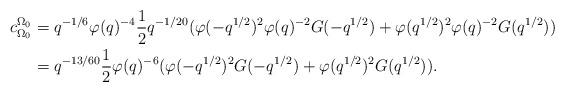
LaTeX: \begin{align*} c_{\Omega_0}^{\Omega_0} &= q^{-1/6}\varphi(q)^{-4}\dfrac{1}{2}q^{-1/20}(\varphi(-q^{1/2})^2\varphi(q)^{-2}G(-q^{1/2})+\varphi(q^{1/2})^2\varphi(q)^{-2}G(q^{1/2}))\\ &= q^{-13/60}\dfrac{1}{2}\varphi(q)^{-6}(\varphi(-q^{1/2})^2G(-q^{1/2})+\varphi(q^{1/2})^2G(q^{1/2})).\end{align*}